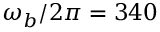
\omega _ { b } / 2 \pi = 3 4 0